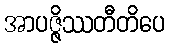
အာပဇ္ဇိဿတီတိပေ